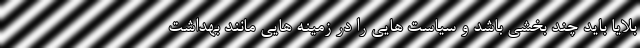
بلایا باید چند بخشی باشد و سیاست هایی را در زمینه هایی مانند بهداشت